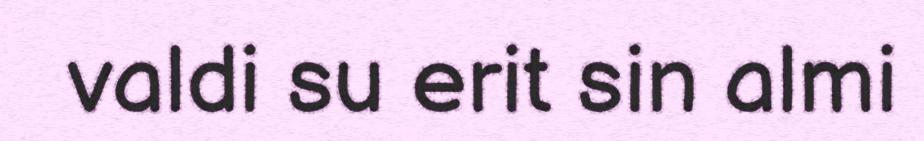
valdi su erit sin almi